DOW-UAP-D48, Department of the Air Force Report, 1996
Agency: Department of War
Incident date: 9/10/96
Page 88
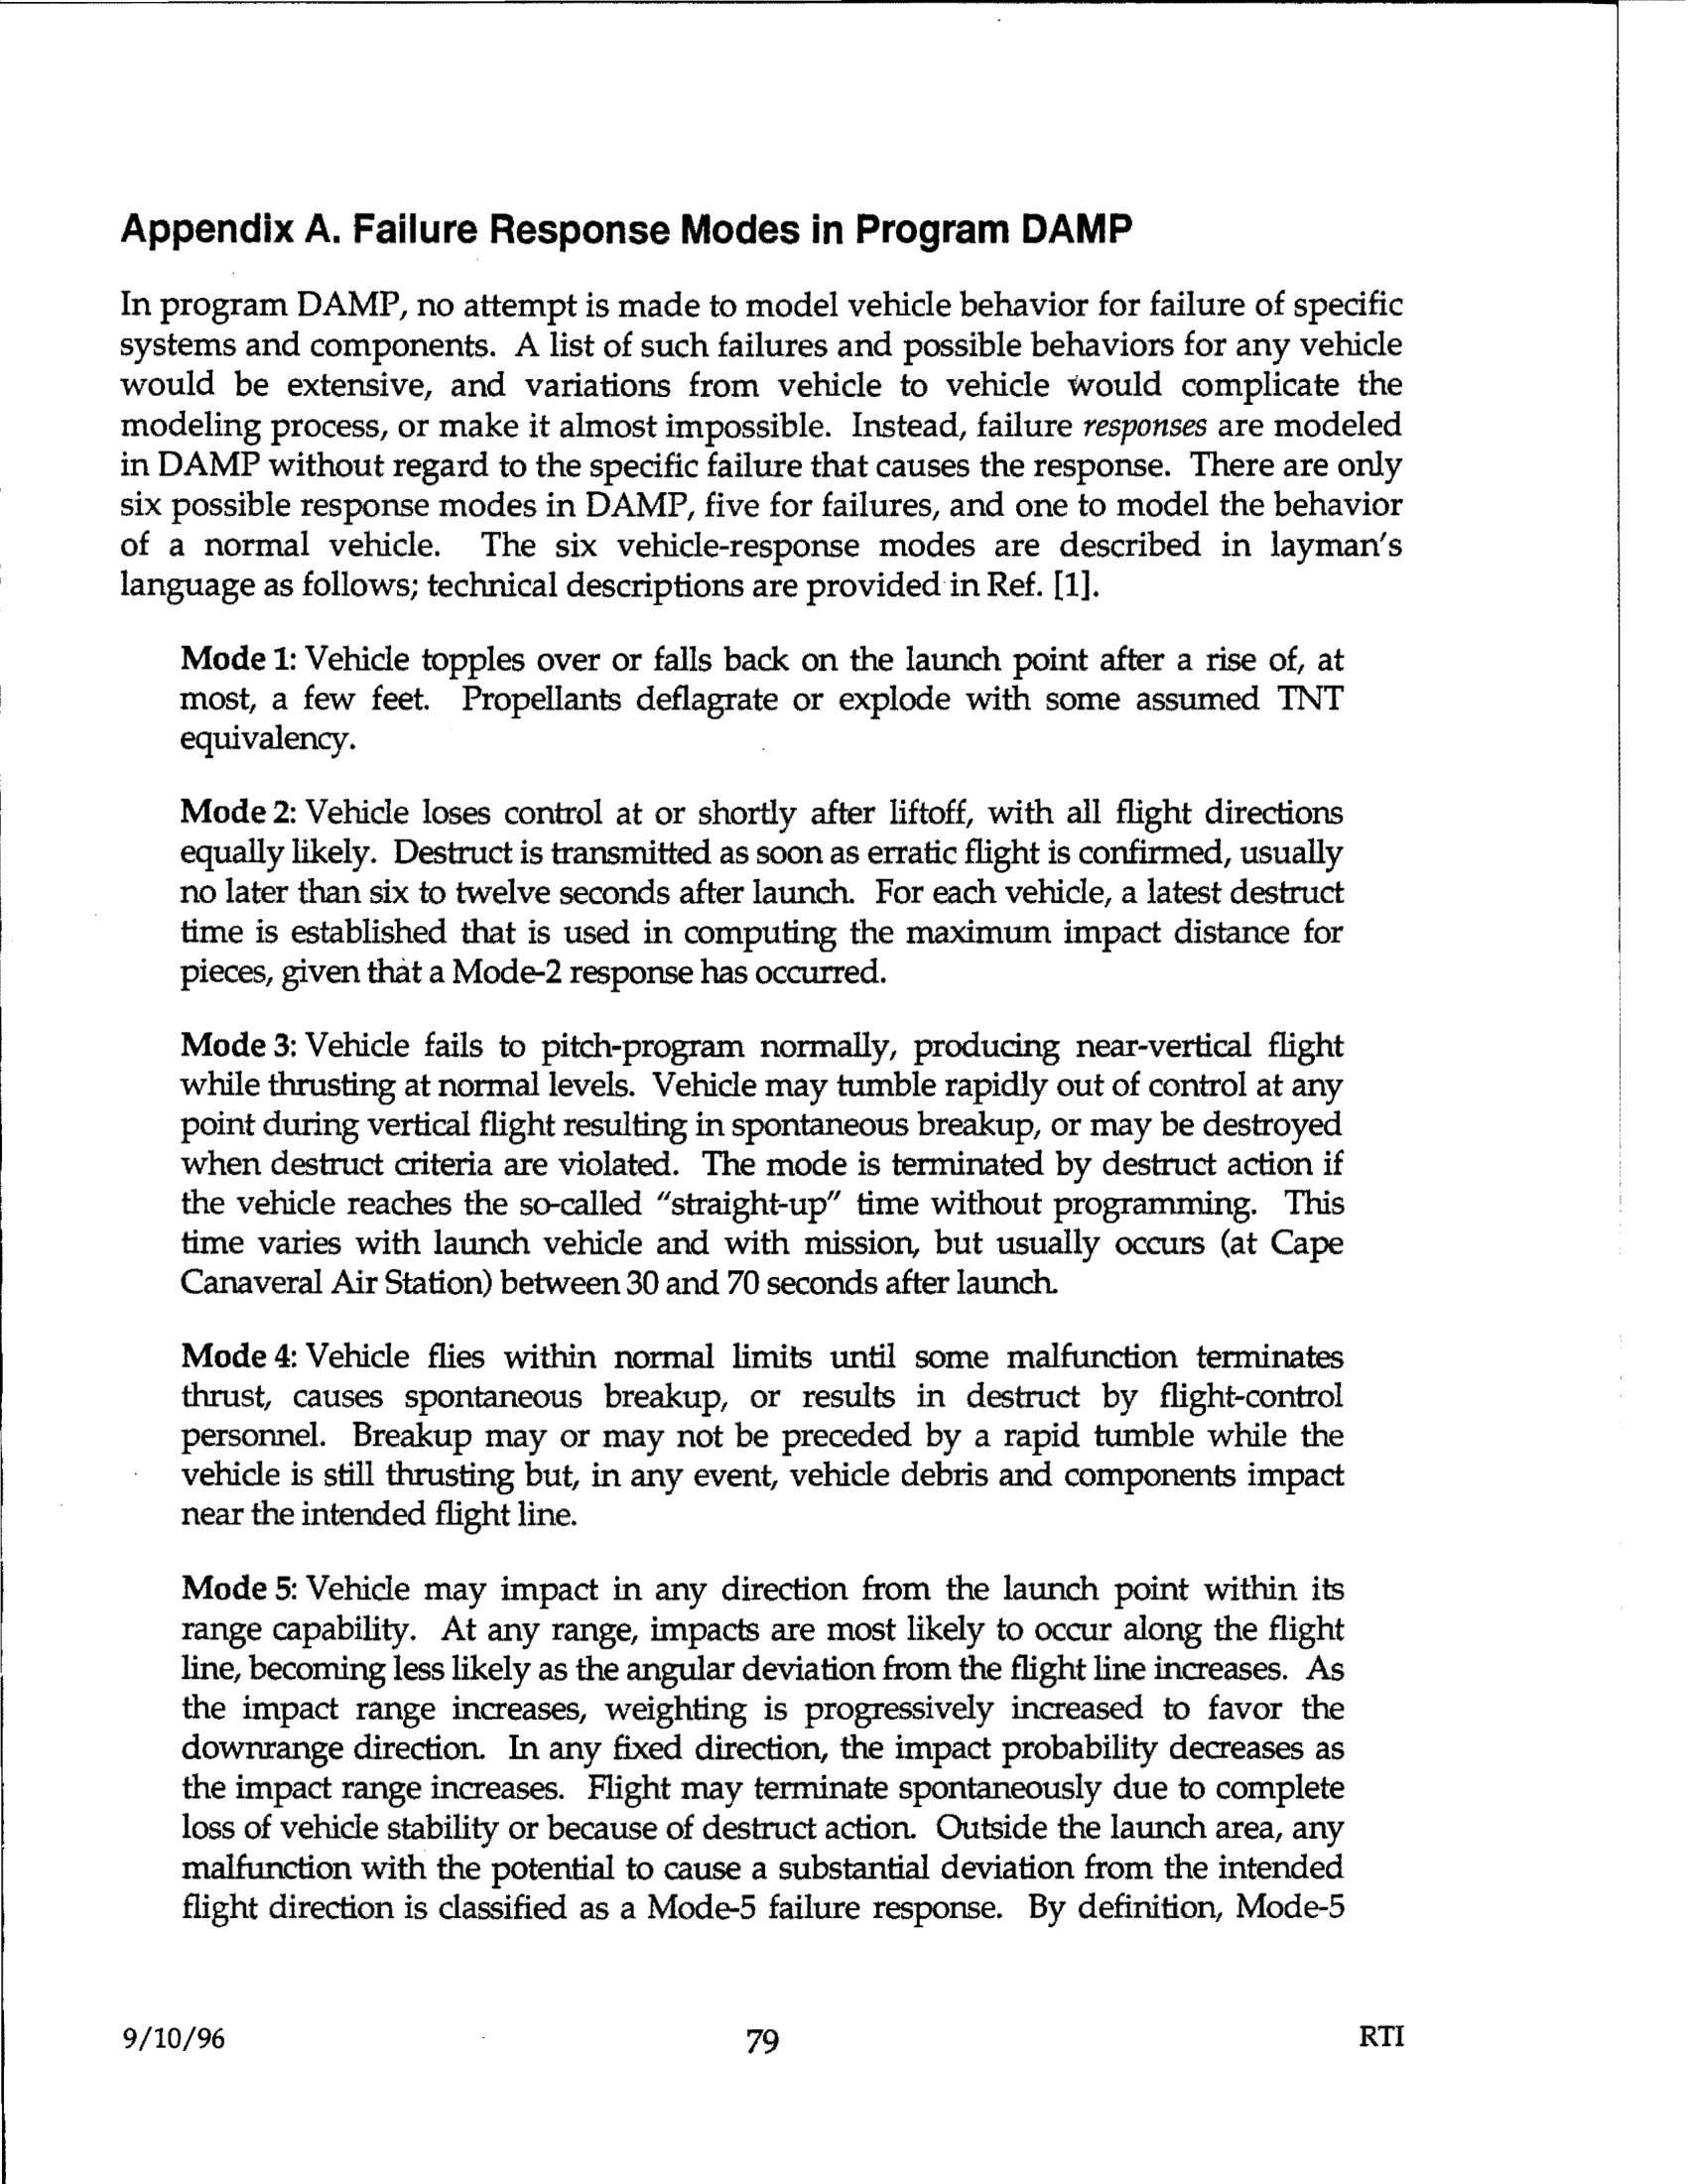